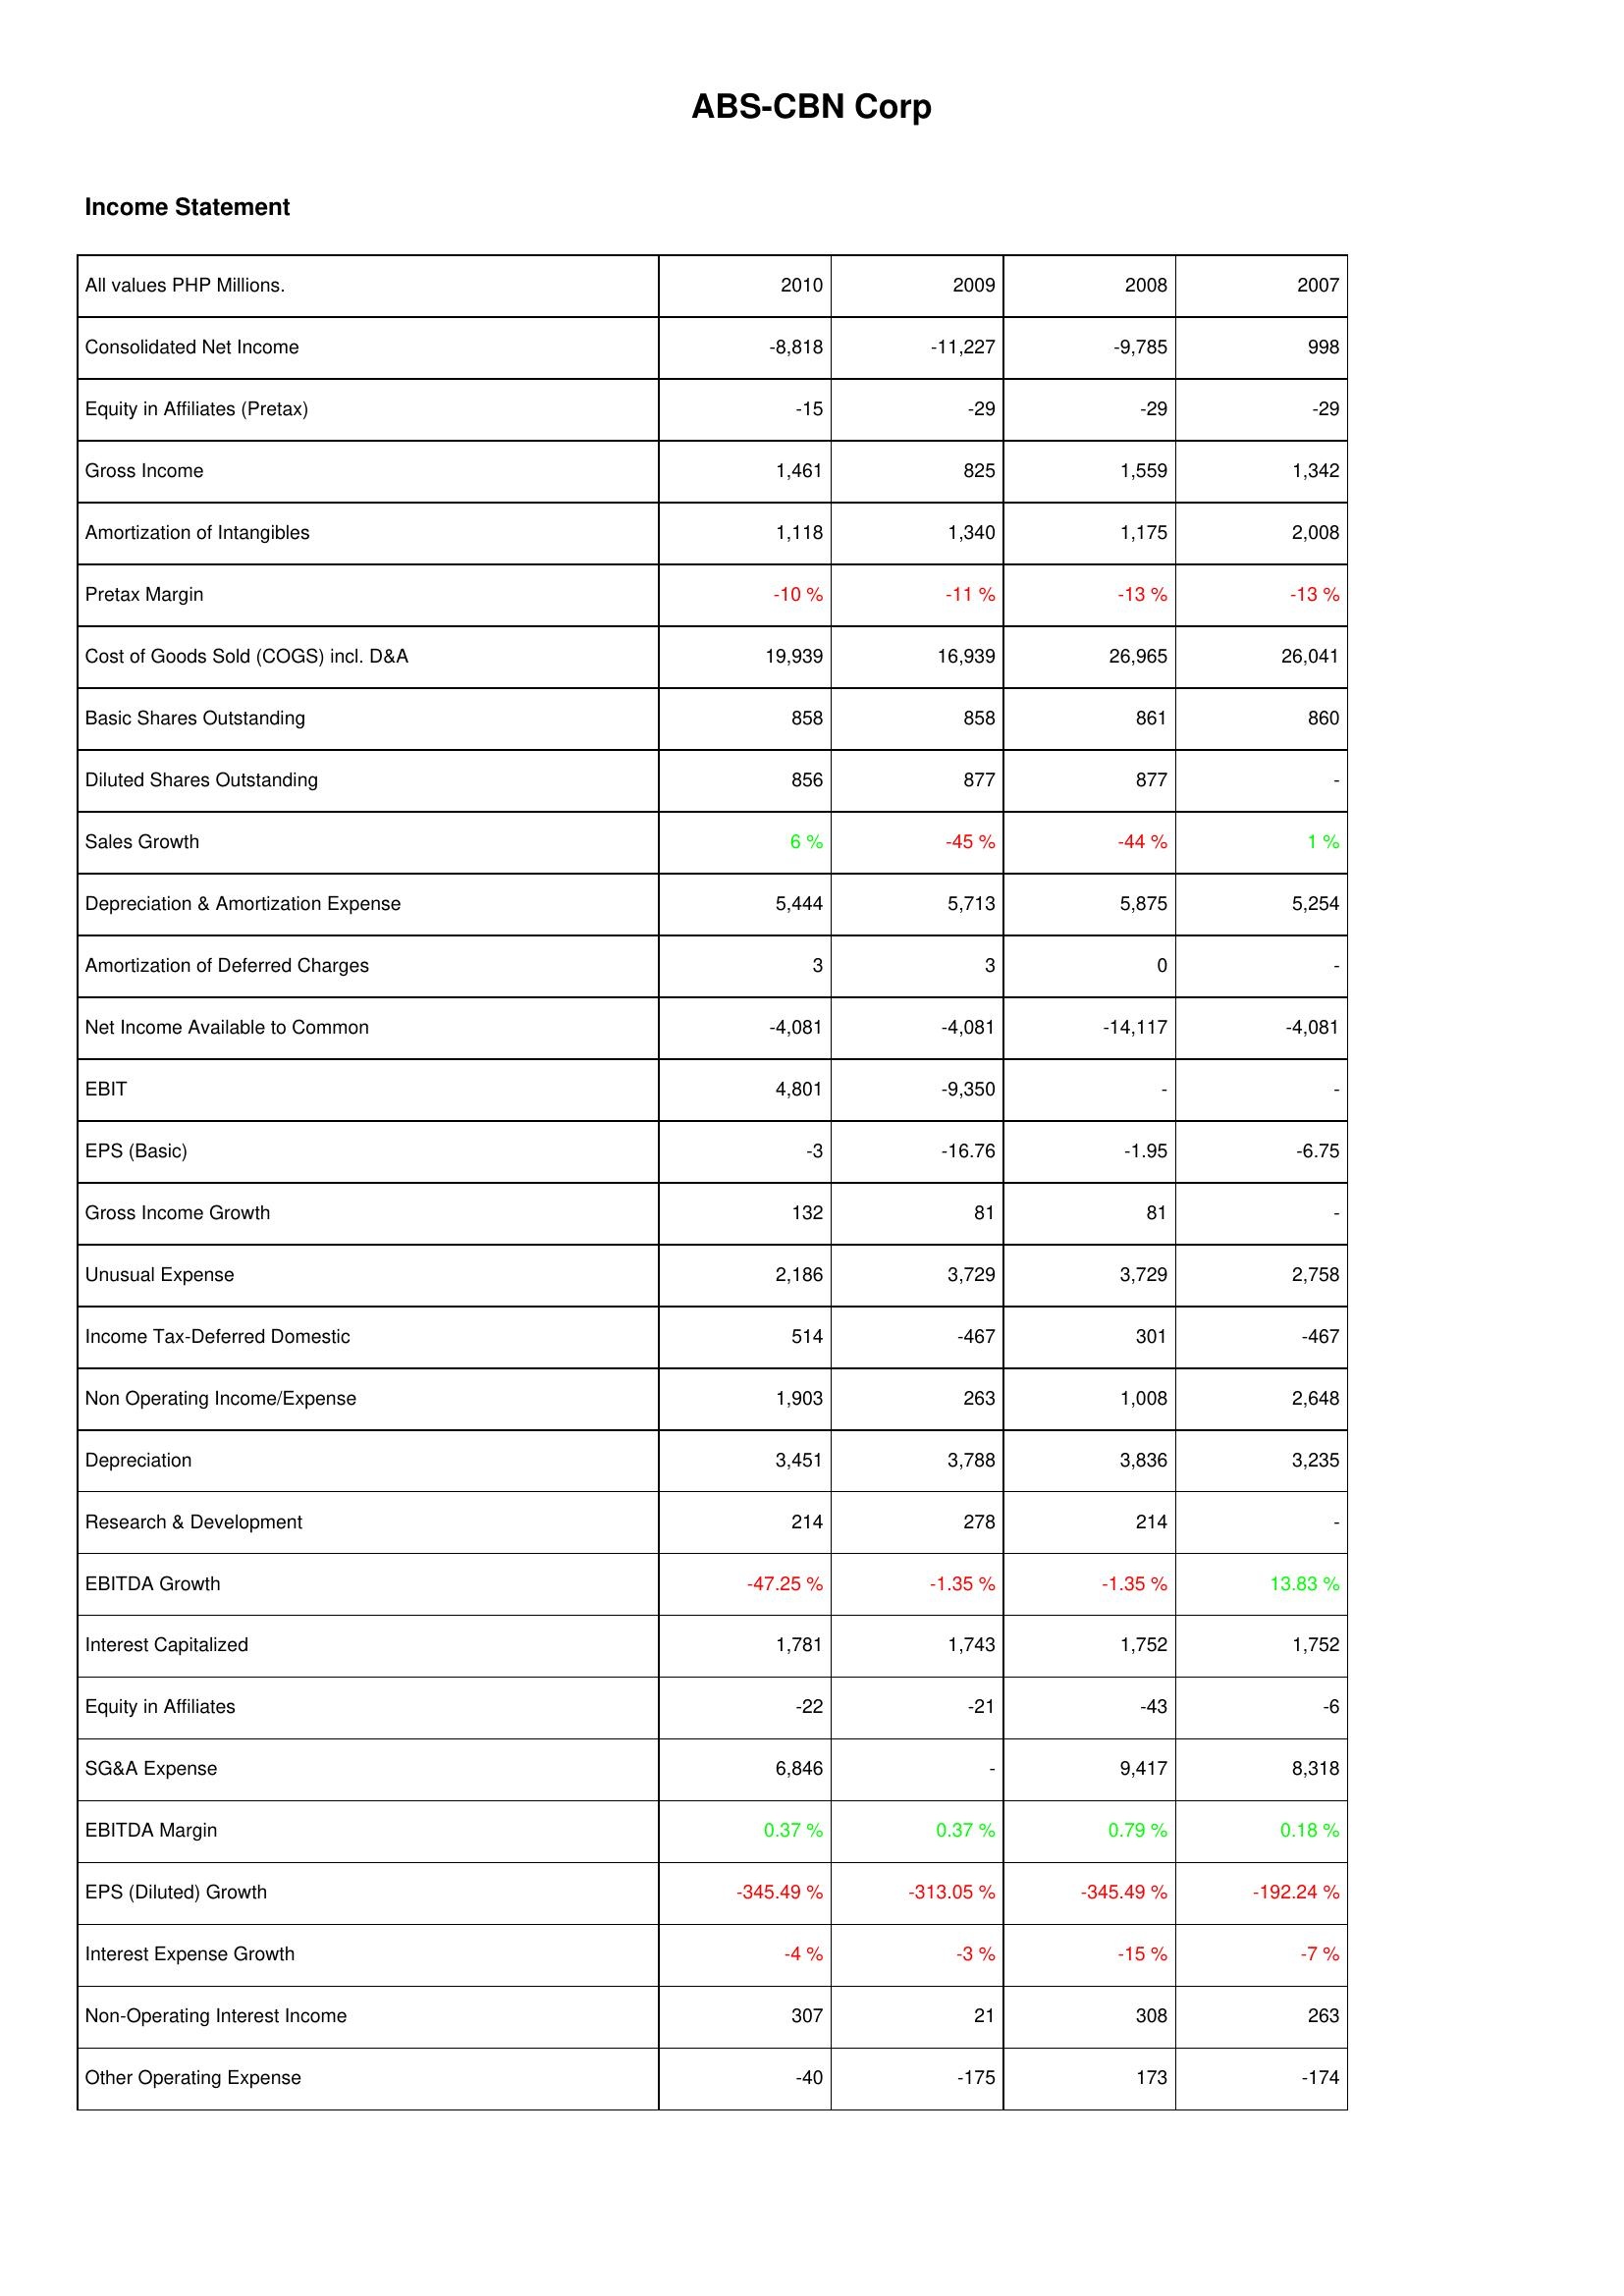
2010: Income Statement: Consolidated Net Income: -8,818
Equity in Affiliates (Pretax): -15
Gross Income: 1,461
Amortization of Intangibles: 1,118
Pretax Margin: -10 %
Cost of Goods Sold (COGS) incl. D&A: 19,939
Basic Shares Outstanding: 858
Diluted Shares Outstanding: 856
Sales Growth: 6 %
Depreciation & Amortization Expense: 5,444
Amortization of Deferred Charges: 3
Net Income Available to Common: -4,081
EBIT: 4,801
EPS (Basic): -3
Gross Income Growth: 132
Unusual Expense: 2,186
Income Tax-Deferred Domestic: 514
Non Operating Income/Expense: 1,903
Depreciation: 3,451
Research & Development: 214
EBITDA Growth: -47.25 %
Interest Capitalized: 1,781
Equity in Affiliates: -22
SG&A Expense: 6,846
EBITDA Margin: 0.37 %
EPS (Diluted) Growth: -345.49 %
Interest Expense Growth: -4 %
Non-Operating Interest Income: 307
Other Operating Expense: -40
2009: Income Statement: Consolidated Net Income: -11,227
Equity in Affiliates (Pretax): -29
Gross Income: 825
Amortization of Intangibles: 1,340
Pretax Margin: -11 %
Cost of Goods Sold (COGS) incl. D&A: 16,939
Basic Shares Outstanding: 858
Diluted Shares Outstanding: 877
Sales Growth: -45 %
Depreciation & Amortization Expense: 5,713
Amortization of Deferred Charges: 3
Net Income Available to Common: -4,081
EBIT: -9,350
EPS (Basic): -16.76
Gross Income Growth: 81
Unusual Expense: 3,729
Income Tax-Deferred Domestic: -467
Non Operating Income/Expense: 263
Depreciation: 3,788
Research & Development: 278
EBITDA Growth: -1.35 %
Interest Capitalized: 1,743
Equity in Affiliates: -21
SG&A Expense: -
EBITDA Margin: 0.37 %
EPS (Diluted) Growth: -313.05 %
Interest Expense Growth: -3 %
Non-Operating Interest Income: 21
Other Operating Expense: -175
2008: Income Statement: Consolidated Net Income: -9,785
Equity in Affiliates (Pretax): -29
Gross Income: 1,559
Amortization of Intangibles: 1,175
Pretax Margin: -13 %
Cost of Goods Sold (COGS) incl. D&A: 26,965
Basic Shares Outstanding: 861
Diluted Shares Outstanding: 877
Sales Growth: -44 %
Depreciation & Amortization Expense: 5,875
Amortization of Deferred Charges: 0
Net Income Available to Common: -14,117
EBIT: -
EPS (Basic): -1.95
Gross Income Growth: 81
Unusual Expense: 3,729
Income Tax-Deferred Domestic: 301
Non Operating Income/Expense: 1,008
Depreciation: 3,836
Research & Development: 214
EBITDA Growth: -1.35 %
Interest Capitalized: 1,752
Equity in Affiliates: -43
SG&A Expense: 9,417
EBITDA Margin: 0.79 %
EPS (Diluted) Growth: -345.49 %
Interest Expense Growth: -15 %
Non-Operating Interest Income: 308
Other Operating Expense: 173
2007: Income Statement: Consolidated Net Income: 998
Equity in Affiliates (Pretax): -29
Gross Income: 1,342
Amortization of Intangibles: 2,008
Pretax Margin: -13 %
Cost of Goods Sold (COGS) incl. D&A: 26,041
Basic Shares Outstanding: 860
Diluted Shares Outstanding: -
Sales Growth: 1 %
Depreciation & Amortization Expense: 5,254
Amortization of Deferred Charges: -
Net Income Available to Common: -4,081
EBIT: -
EPS (Basic): -6.75
Gross Income Growth: -
Unusual Expense: 2,758
Income Tax-Deferred Domestic: -467
Non Operating Income/Expense: 2,648
Depreciation: 3,235
Research & Development: -
EBITDA Growth: 13.83 %
Interest Capitalized: 1,752
Equity in Affiliates: -6
SG&A Expense: 8,318
EBITDA Margin: 0.18 %
EPS (Diluted) Growth: -192.24 %
Interest Expense Growth: -7 %
Non-Operating Interest Income: 263
Other Operating Expense: -174